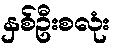
နှစ်ဦးစလုံး